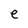
Character: e